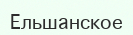
Ельшанское